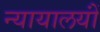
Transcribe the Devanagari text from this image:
न्यायालयोंं